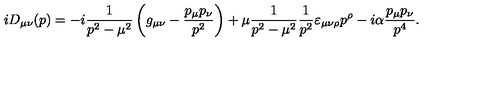
i D _ { \mu \nu } ( p ) = - i \frac { 1 } { p ^ { 2 } - \mu ^ { 2 } } \left( g _ { \mu \nu } - \frac { p _ { \mu } p _ { \nu } } { p ^ { 2 } } \right) + \mu \frac { 1 } { p ^ { 2 } - \mu ^ { 2 } } \frac { 1 } { p ^ { 2 } } \varepsilon _ { \mu \nu \rho } p ^ { \rho } - i \alpha \frac { p _ { \mu } p _ { \nu } } { p ^ { 4 } } .